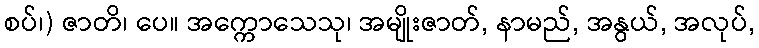
စပ်၊) ဇာတိ၊ ပေ။ အက္ကောသေသု၊ အမျိုးဇာတ်, နာမည်, အနွယ်, အလုပ်,